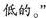
低的。”